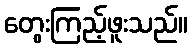
တွေးကြည့်ဖူးသည်။